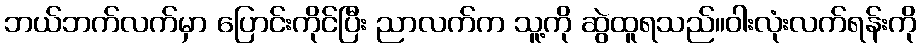
ဘယ်ဘက်လက်မှာ ပြောင်းကိုင်ပြီး ညာလက်က သူ့ကို ဆွဲထူရသည်။ဝါးလုံးလက်ရန်းကို